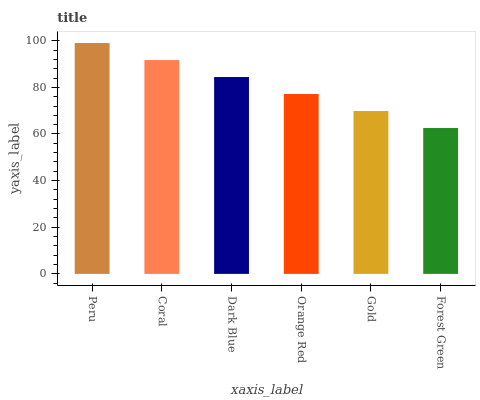
| xaxis_label | bars |
 | --- | --- |
 | Peru | 99 |
 | Coral | 91.7 |
 | Dark Blue | 84.4 |
 | Orange Red | 77.1 |
 | Gold | 69.8 |
 | Forest Green | 62.6 |